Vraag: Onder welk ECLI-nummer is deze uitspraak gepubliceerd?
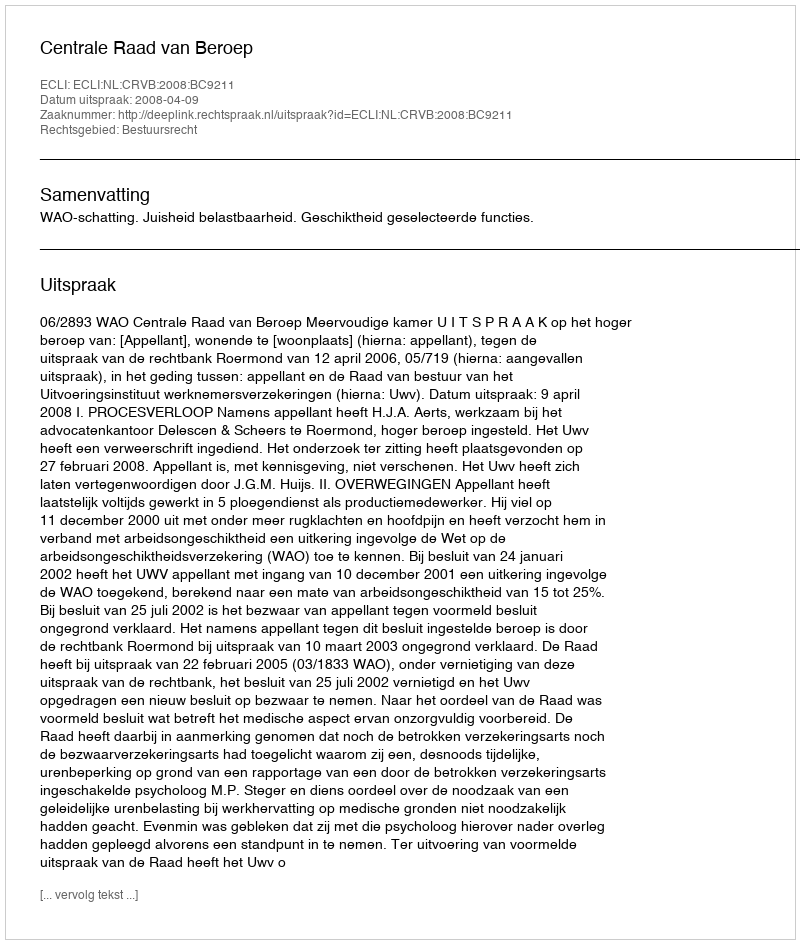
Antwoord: ECLI:NL:CRVB:2008:BC9211